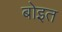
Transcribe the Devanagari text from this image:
बोइत